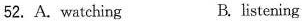
52.A.watching B. listening